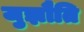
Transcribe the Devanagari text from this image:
जुझौति